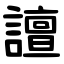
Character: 譠